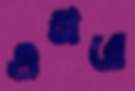
গুঞ্জরে